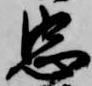
忠